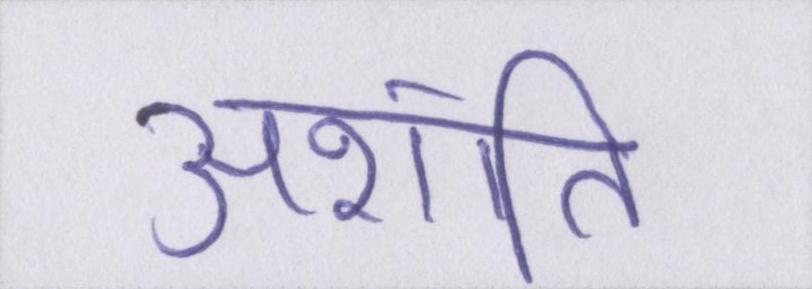
अशांति